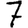
Digit: 7